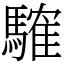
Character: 䮤